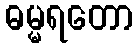
ဓမ္မရတော